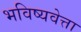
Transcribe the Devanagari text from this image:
भविष्यवेत्ता